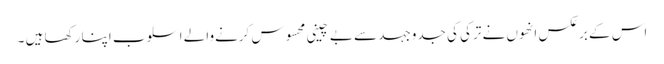
اس کے برعکس انھوں نے ترکی کی جدوجہد سے بے چینی محسوس کرنےوالے اسلوب اپنا رکھا ہیں ۔